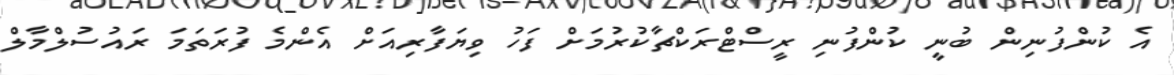
އެ ކުންފުނިން ބުނީ ކުންފުނި ރީސްޓްރަކްޗާކުރުމަށް ފަހު ވިޔަފާރިއަށް އެންމެ ފުރަތަމަ ރައުސުލްމާލް